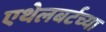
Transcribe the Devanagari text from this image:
एथेलबर्टच्या